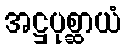
အဋ္ဌပုစ္ဆာယံ